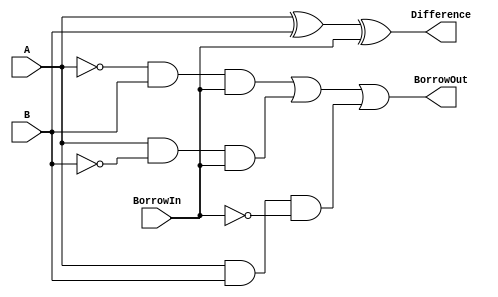
module full_subtractor (
    input A,        // Input A
    input B,        // Input B
    input BorrowIn, // Borrow In
    output Difference, // Output Difference
    output BorrowOut   // Output Borrow Out
);

  // compute Difference
  assign Difference = A ^ B ^ BorrowIn;

  // compute Borrow Out
  assign BorrowOut = (~A & B & BorrowIn) | (A & ~B & BorrowIn) | (A & B & ~BorrowIn);

endmodule